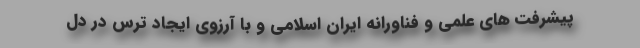
پیشرفت های علمی و فناورانه ایران اسلامی و با آرزوی ایجاد ترس در دل